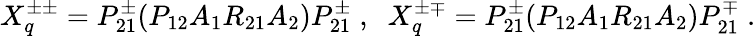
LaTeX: X_{q}^{\pm\pm}=P_{21}^{\pm}(P_{12}A_{1}R_{21}A_{2})P_{21}^{\pm}\; ,\; \; X_{q}^{\pm\mp}=P_{21}^{\pm}(P_{12}A_{1}R_{21}A_{2})P_{21}^{\mp}\; .